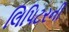
લિપિટરની